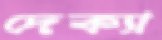
দেক্যা